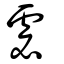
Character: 虙